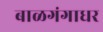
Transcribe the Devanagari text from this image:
बाळगंगाधर